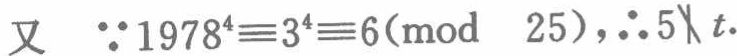
又 \(\because 1978^{4}\equiv3^{4}\equiv6(\text{mod } 25),\therefore 5\nmid t\).